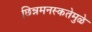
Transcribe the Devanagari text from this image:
छिन्नमनस्कतेमुळे